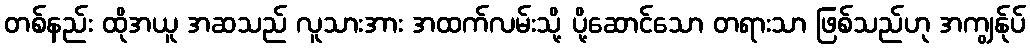
တစ်နည်း ထိုအယူ အဆသည် လူသားအား အထက်လမ်းသို့ ပို့ဆောင်သော တရားသာ ဖြစ်သည်ဟု အကျွန်ုပ်